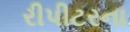
રીપીટરના